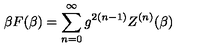
\beta F ( \beta ) = \sum _ { n = 0 } ^ { \infty } g ^ { 2 ( n - 1 ) } Z ^ { ( n ) } ( \beta )